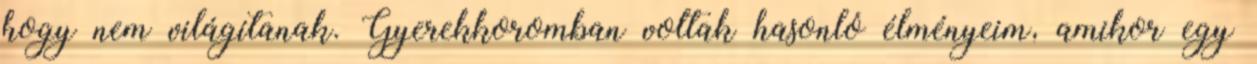
hogy nem világítanak. Gyerekkoromban voltak hasonló élményeim, amikor egy